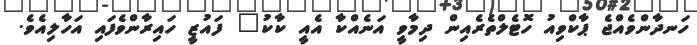
ހަނދާންވެއްޖެ ޕާކްވިއު ހޮޓެލްތެރެއިން ދިމާވީ އަނެއްކާ އެއީ ކާކު" ފައުޒީ ހައިރާންވެފައި އަހާލިއެވެ.